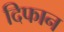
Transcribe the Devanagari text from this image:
दिफान